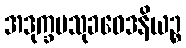
အဒုက္ခမသုခဝေဒနိယဉ္စ